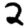
Digit: 2